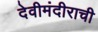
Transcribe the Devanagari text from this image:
देवीमंदीराची